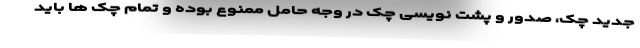
جدید چک، صدور و پشت نویسی چک در وجه حامل ممنوع بوده و تمام چک ها باید